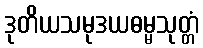
ဒုတိယသမုဒယဓမ္မသုတ္တံ